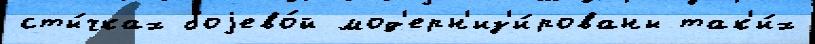
сты́чках боjево́й мод'ерн'из'и́рованы так'и́х